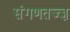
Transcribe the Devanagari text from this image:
संगणतज्ज्ञ